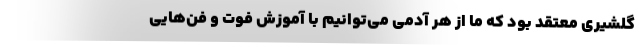
گلشیری معتقد بود که ما از هر آدمی می‌توانیم با آموزش فوت و فن‌هایی